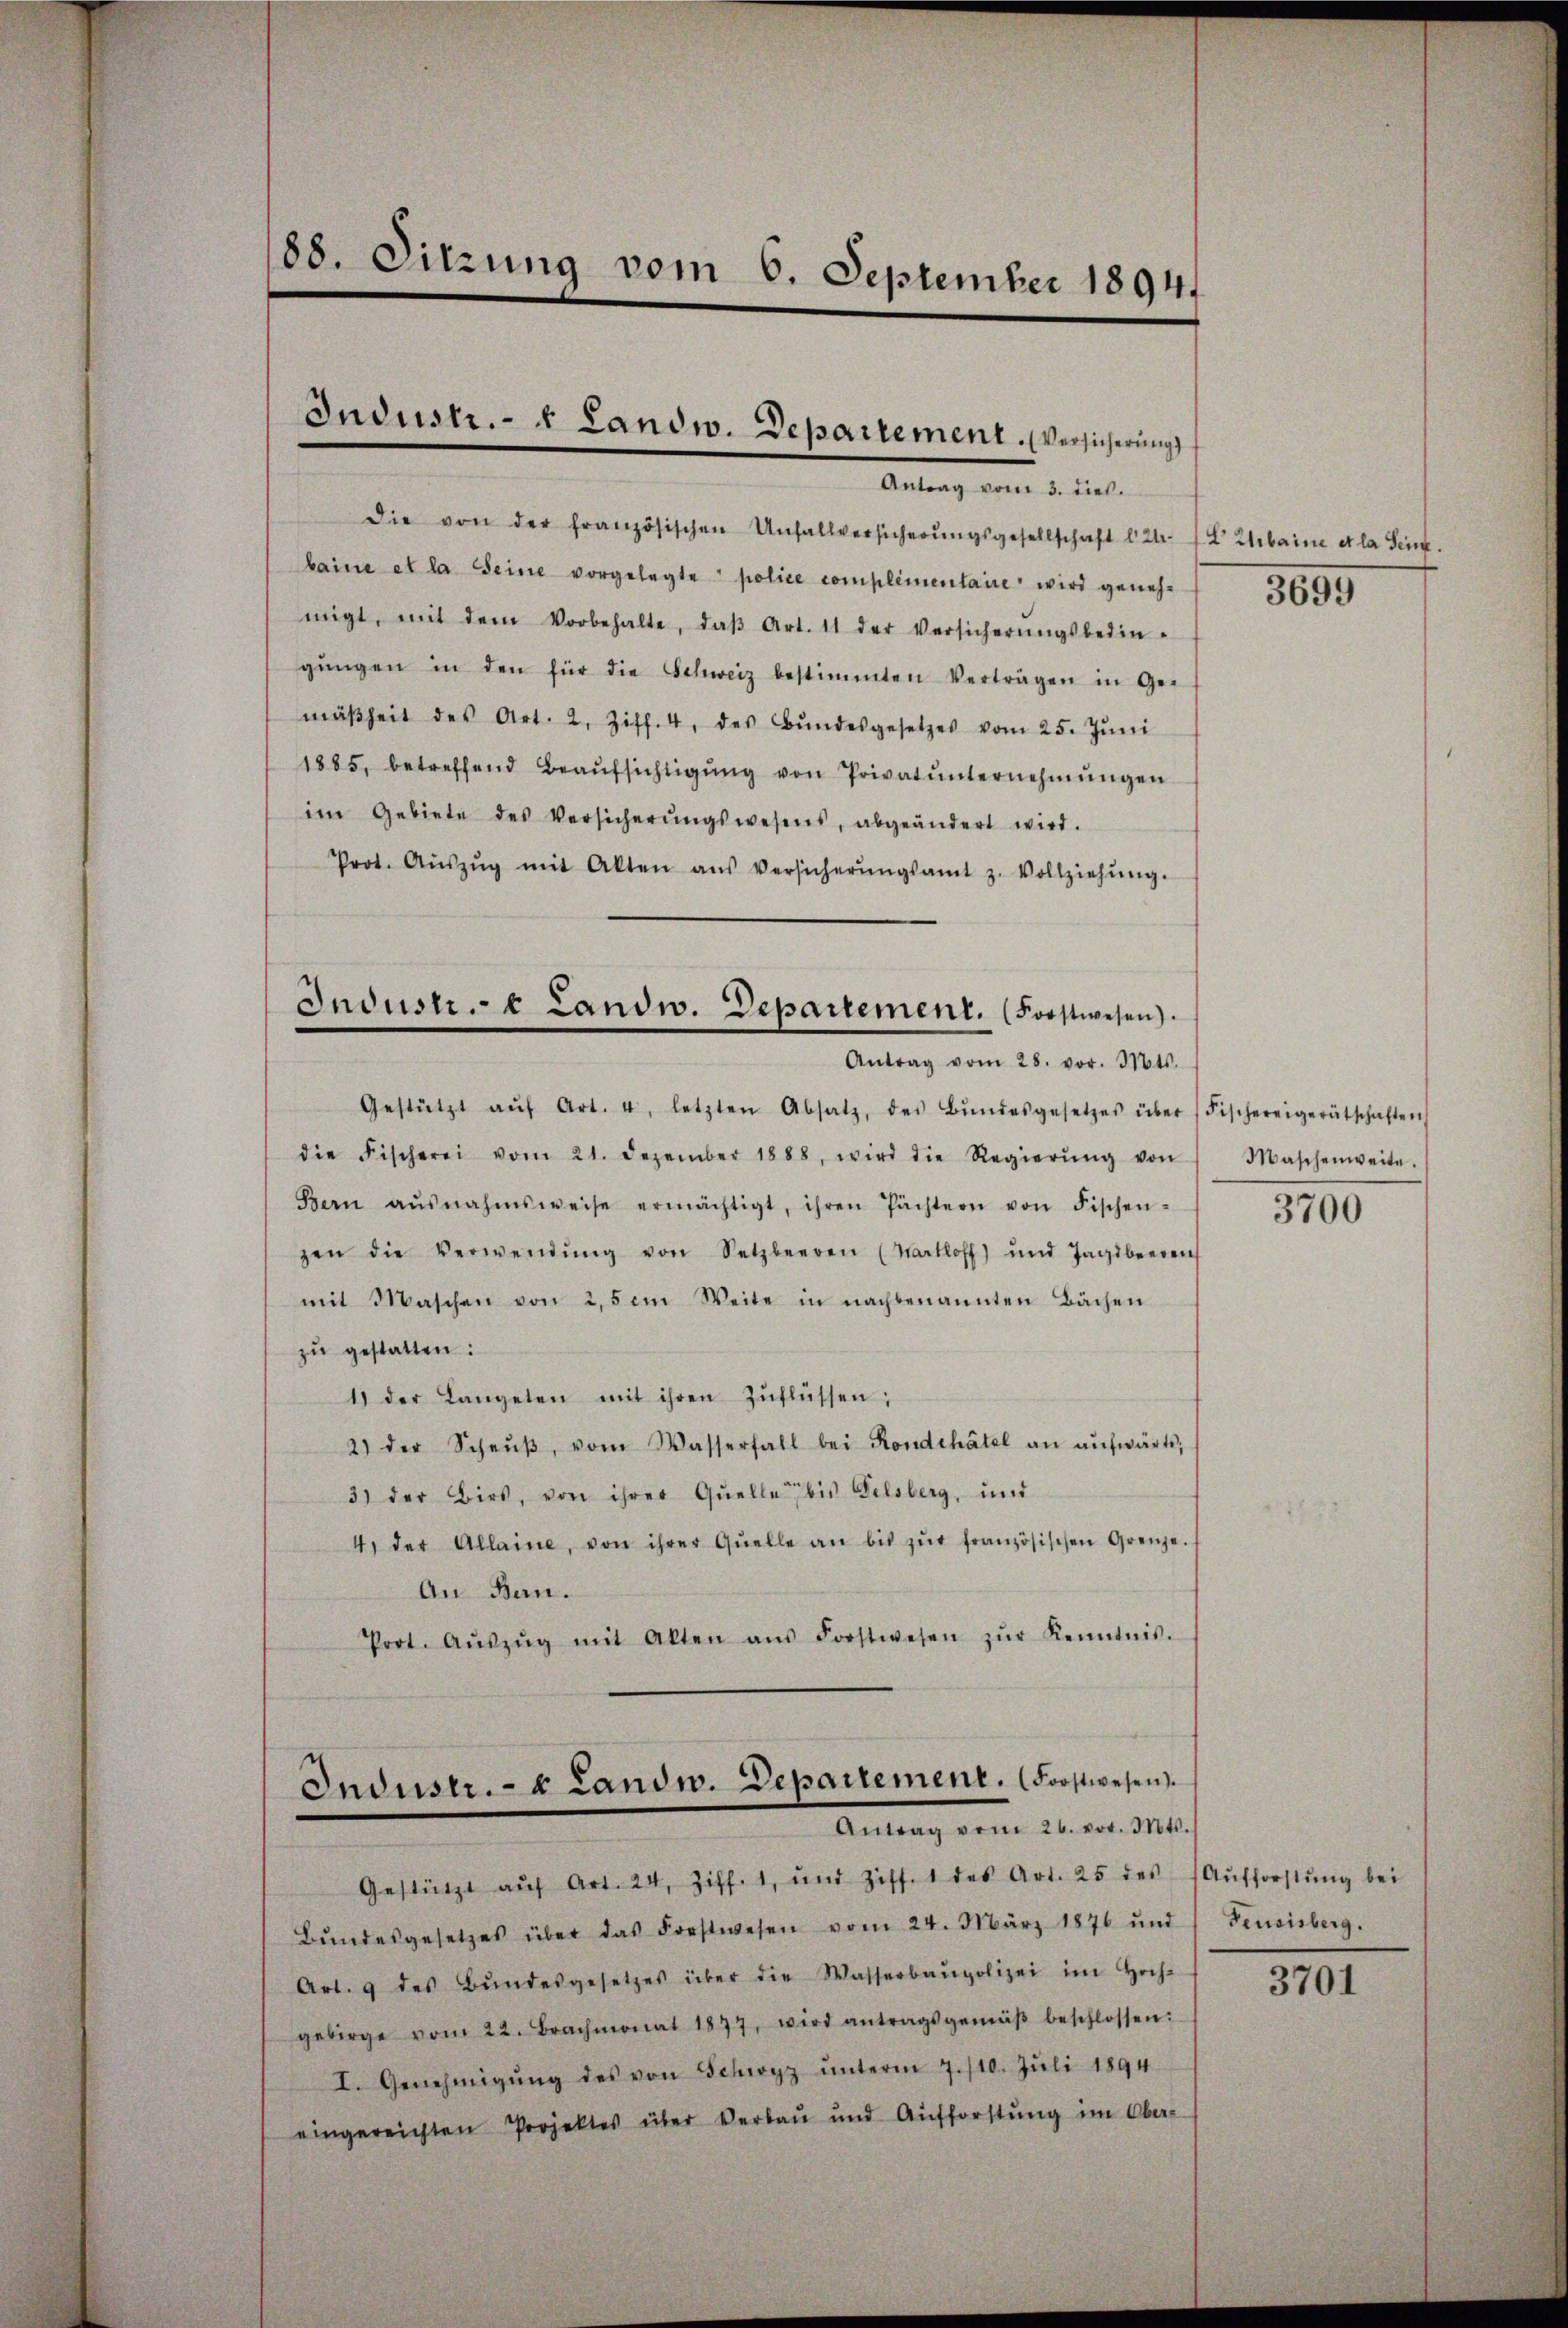
88. Sitzung vom 6. September 1894.

Industr. v. Landw. Departement. (Versicherung
Antrag vom 3. dieß.

die von der französischen Unfallversicherŭngsgesellschaft d. 2t. X Zebaine et la Sein.
baine et la seine vorgelegte police complimentaire wird genehmigt, mit dem Vorbehalte, daβ Art. 11 der Versicherŭngsbedin-
gŭngen in den für die Schweiz bestimmten Verträgen in Ge-
mäßheit des Art. 2, Ziff. 4, des Bŭndesgesetzes vom 25. Jŭni
1885, betreffend Beaŭfsichtigŭng von Privat ŭnternehmŭngen
im Gebiete des Versicherŭngswesens, abgeändert wird.
Prot. Aŭszŭg mit Akten aŭs Versicherŭngsamt z. Vollziehŭng.
Gestützt aŭf Art. 4, letzten Absatz, des Bŭndesgesetzes über (Fischereigerätschaften
die Fischerei vom 21. Dezember 1888, wird die Regierŭng von
Bern ausnahmsweise ermächtigt, ihren Pächtern von Fischen-
zen die Verwendŭng von Setzberren (Kartoff und Jagdbeereich
mit Maschen von 2,5 m Weite in nachbenannten Bächen
zŭ gestatten:
1) der Langeten mit ihren Zŭflüssen;
2) der Scheŭβ, vom Wasserfall bei Rondthätel an aŭfwärts,
3) der Birs, von ihrer Quelle bis Felsberg, und
4. der Allaine, von ihrer Quelle an bis zŭr französischen Grenze.
An Bern.
Prot. Aŭszŭg mit Alten aŭs Forstwesen zŭr Kenntnis-

Indust. e Landw. Departement. (Forstwesen.
Antrag vom 28. vor. Mts.

Industr. - u Landw. Departement. (Forstwesen.
Antrag vom 26. vor. Mts.

Gestützt aŭf Art. 24, Ziff. 1, und Ziff. 1 des Art. 25 des Aŭfforstŭng bei
Bŭndesgesetzes über das Forstwesen vom 24. März 1876 und
Art. 9 des Bŭndesgesetzes über die Wasserbaupolizei im Hoch-
gebirge vom 22. Brachmonat 1897, wird antragsgemäβ beschlossen:
I. Genehmigŭng des von Schwyz ŭnterm 7./10. Jŭli 1894
eingereichten Projektes über Verbau und Aufforstŭng im Ober-

3695

Maschenweite.
3700

Feusisberg.

3701